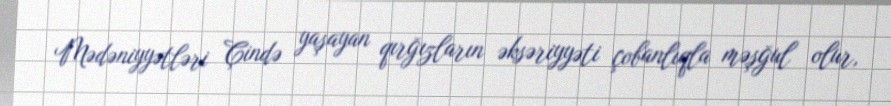
Mədəniyyətləri Çində yaşayan qırğızların əksəriyyəti çobanlıqla məşğul olur,